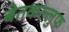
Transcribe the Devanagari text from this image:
बेतकल्लुफ